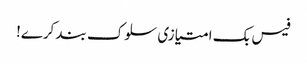
فیس بک امتیازی سلوک بند کرے!